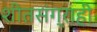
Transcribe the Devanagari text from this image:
शीतसंग्राही